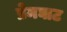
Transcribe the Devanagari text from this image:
प्रेमघाट